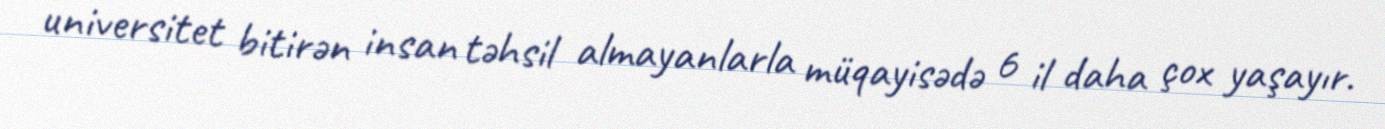
universitet bitirən insan təhsil almayanlarla müqayisədə 6 il daha çox yaşayır.